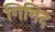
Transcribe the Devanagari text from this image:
गिगिद